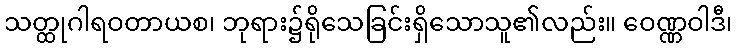
သတ္ထုဂါရဝတာယစ၊ ဘုရား၌ရိုသေခြင်းရှိသောသူ၏လည်း။ ဝေဏ္ဏဝါဒီ၊